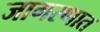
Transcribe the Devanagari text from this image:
जागरणात